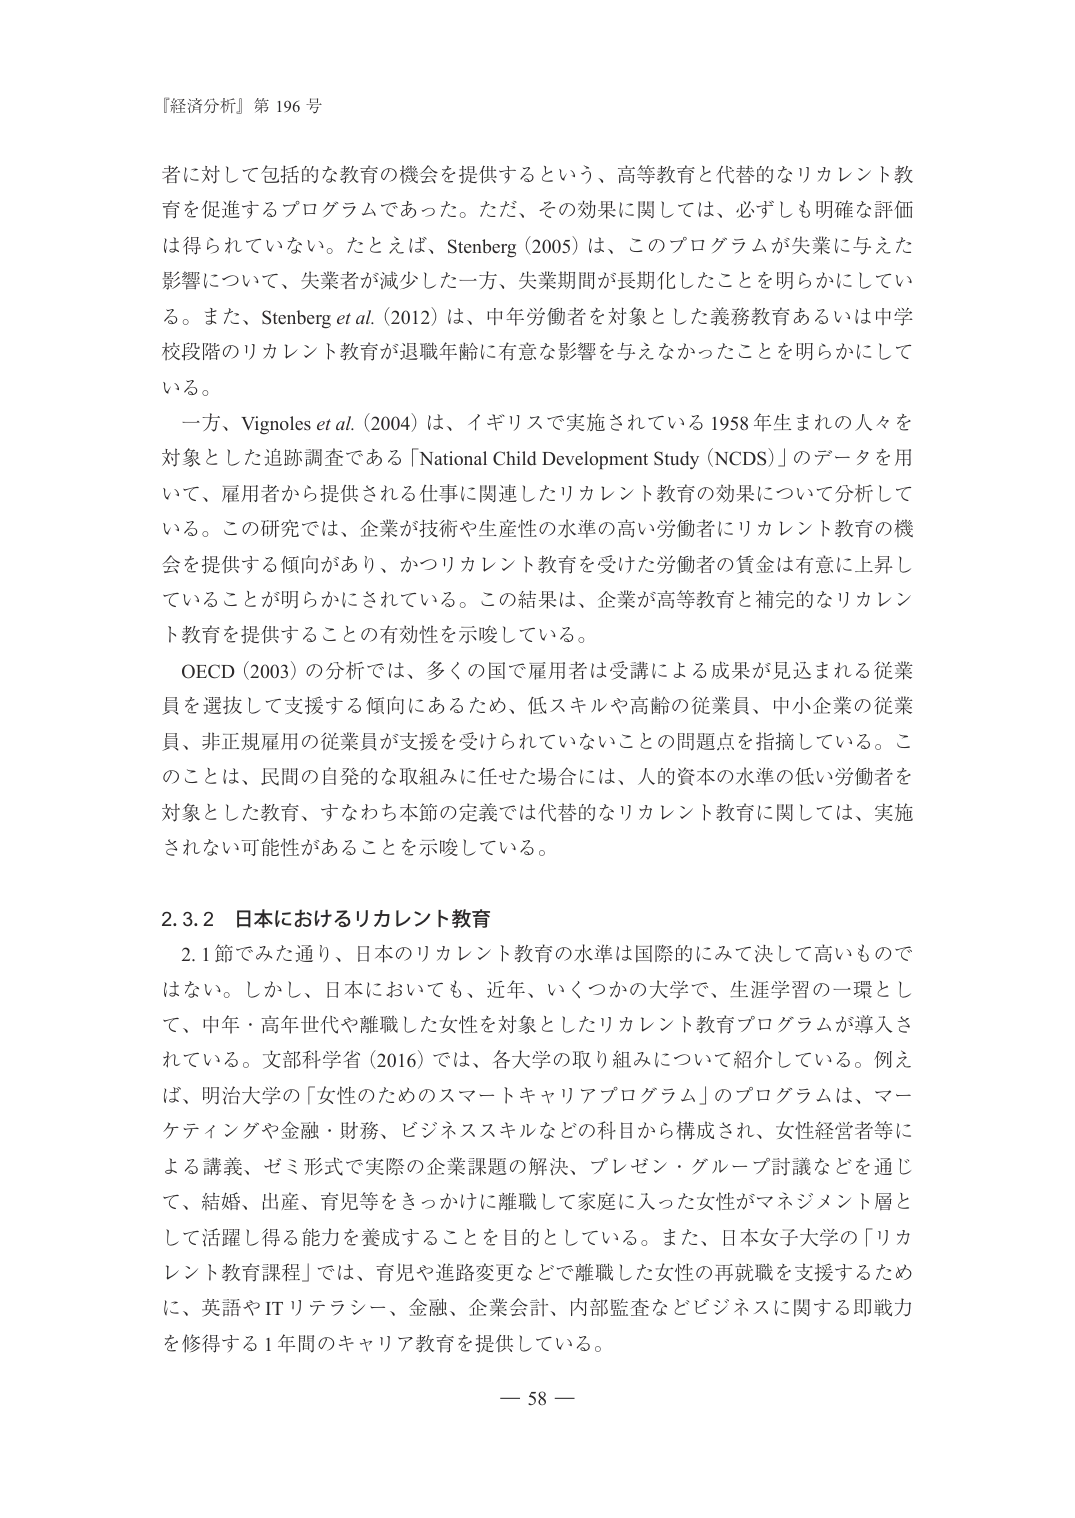
『経済分析』第 196 号

者に対して包括的な教育の機会を提供するという、高等教育と代替的なリカレント教育を促進するプログラムであった。ただ、その効果に関しては、必ずしも明確な評価は得られていない。たとえば、Stenberg (2005) は、このプログラムが失業に与えた影響について、失業者が減少した一方、失業期間が長期化したことを明らかにしている。また、Stenberg et al. (2012) は、中年労働者を対象とした義務教育あるいは中学校段階のリカレント教育が退職年齢に有意な影響を与えなかったことを明らかにしている。

一方、Vignoles et al. (2004) は、イギリスで実施されている 1958 年生まれの人々を対象とした追跡調査である「National Child Development Study (NCDS)」のデータを用いて、雇用者から提供される仕事に関連したリカレント教育の効果について分析している。この研究では、企業が技術や生産性の水準の高い労働者にリカレント教育の機会を提供する傾向があり、かつリカレント教育を受けた労働者の賃金は有意に上昇していることが明らかにされている。この結果は、企業が高等教育と補完的なリカレント教育を提供することの有効性を示唆している。

OECD (2003) の分析では、多くの国で雇用者は受講による成果が見込まれる従業員を選抜して支援する傾向にあるため、低スキルや高齢の従業員、中小企業の従業員、非正規雇用の従業員が支援を受けられていないことの問題点を指摘している。このことは、民間の自発的な取組みに任せた場合には、人的資本の水準の低い労働者を対象とした教育、すなわち本節の定義では代替的なリカレント教育に関しては、実施されない可能性があることを示唆している。

2.3.2 日本におけるリカレント教育

2.1 節でみた通り、日本のリカレント教育の水準は国際的にみて決して高いものではない。しかし、日本においても、近年、いくつかの大学で、生涯学習の一環として、中年・高年世代や離職した女性を対象としたリカレント教育プログラムが導入されている。文部科学省 (2016) では、各大学の取り組みについて紹介している。例えば、明治大学の「女性のためのスマートキャリアプログラム」のプログラムは、マーケティングや金融・財務、ビジネススキルなどの科目から構成され、女性経営者等による講義、ゼミ形式で実際の企業課題の解決、プレゼン・グループ討議などを通じて、結婚、出産、育児等をきっかけに離職して家庭に入った女性がマネジメント層として活躍し得る能力を養成することを目的としている。また、日本女子大学の「リカレント教育課程」では、育児や進路変更などで離職した女性の再就職を支援するために、英語や IT リテラシー、金融、企業会計、内部監査などビジネスに関する即戦力を修得する 1 年間のキャリア教育を提供している。

— 58 —